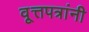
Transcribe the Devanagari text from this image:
वृ्त्तपत्रांनी